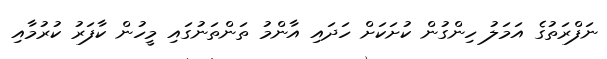
ނަފްރަތުގެ އަމަލު ހިންގުން ކުށަކަށް ހަދައި އާންމު ތަންތަނުގައި މީހުން ކާފަރު ކުރުމާއި